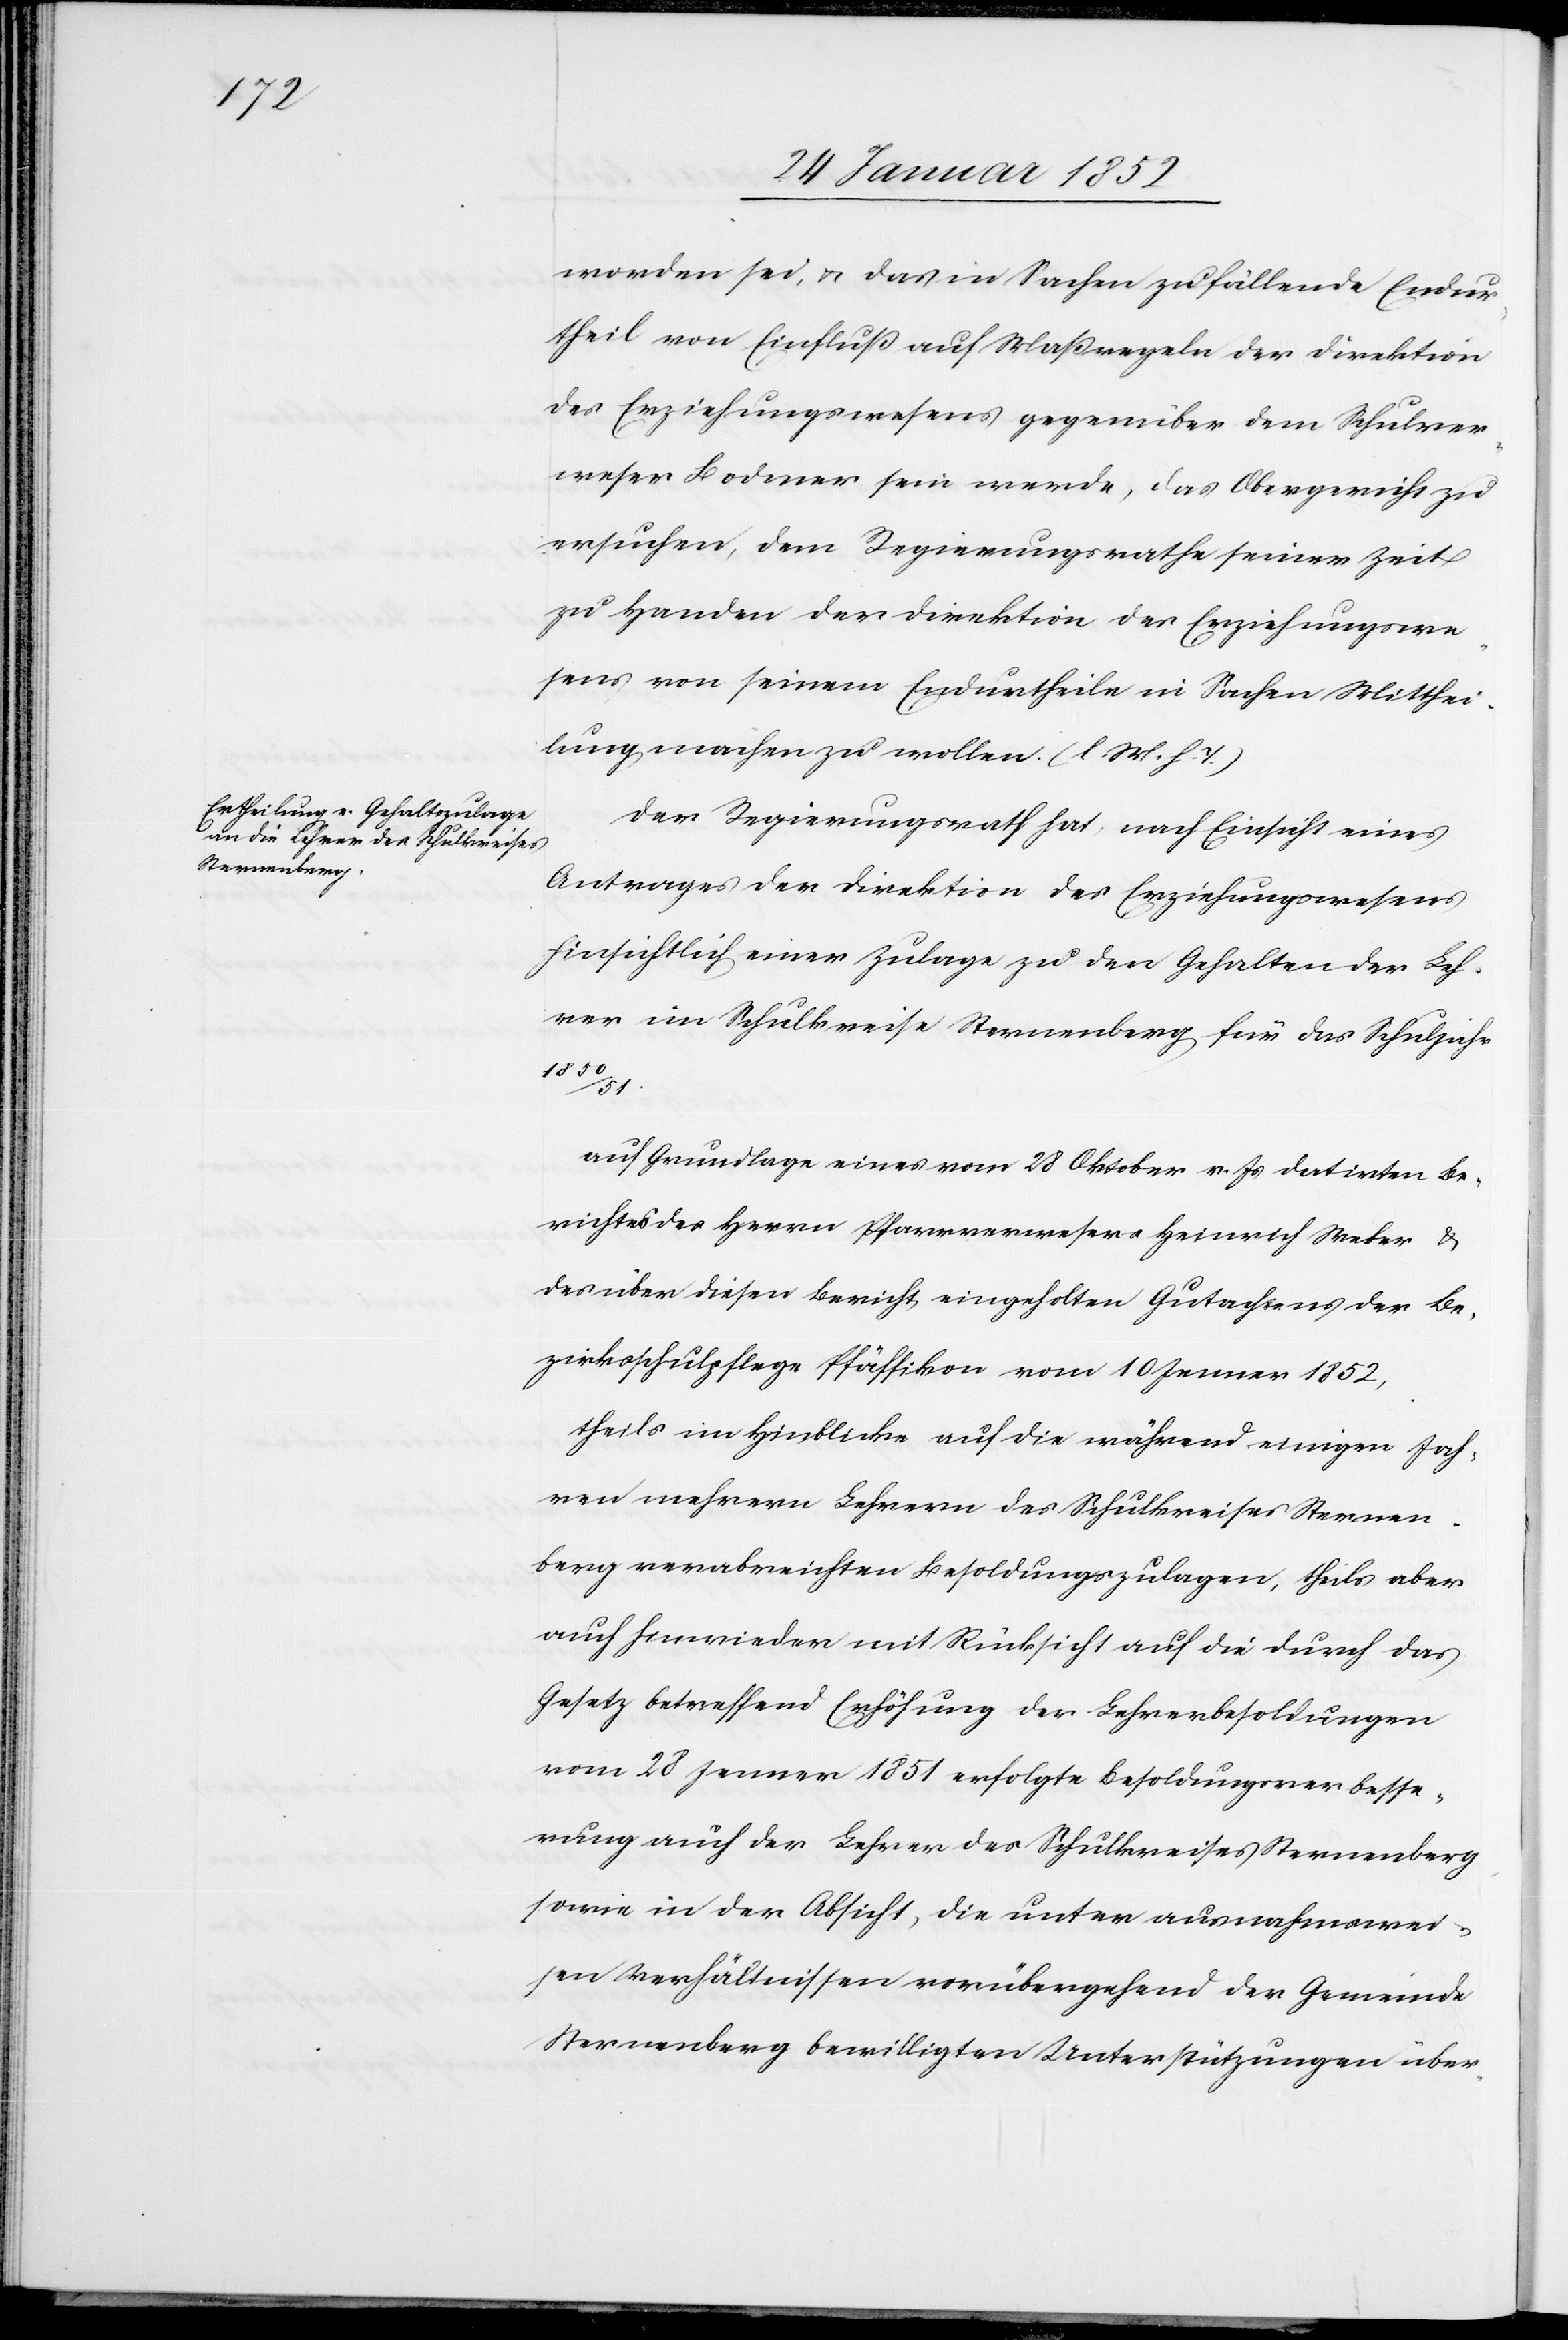
worden sei, u. das in Sachen zu fällende Endur¬
theil von Einfluß auf Maßregeln der Direktion
des Erziehungswesens gegenüber dem Schulver¬
weser Bodmer sein werde, das Obergericht zu
ersuchen, dem Regierungsrathe seiner Zeit
zu Handen der Direktion des Erziehungswe¬
sens von seinem Endurtheile in Sachen Mitthei¬
lung machen zu wollen. (l. M. h. T)
Der Regierungsrath hat, nach Einsicht eines
Antrages der Direktion des Erziehungswesens
hinsichtlich einer Zulage zu den Gehalten der Leh¬
rer im Schulkreise Sternenberg für das Schuljahr
1850/51.
Auf Grundlage eines vom 28 Oktober v. Js datirten Be¬
richtes des Herrn Pfarramtverwesers Heinrich Weber u.
des über diesen Bericht eingeholten Gutachtens der Be¬
zirksschulpflege Pfäffikon vom 10 Jenner 1852,
theils im Hinblicke auf die während einigen Jah¬
ren mehrern Lehrern des Schulkreises Sternen¬
berg verabreichten Besoldungszulagen, theils aber
auch hinwieder Rücksicht auf die durch das
Gesetz betreffend Erhöhung der Lehrerbesoldungen
vom 28 Jenner 1851 erfolgte Besoldungsverbesse¬
rung auch der Lehrer des Schulkreises Sternenberg
sowie in der Absicht, die unter ausnahmswei¬
sen Verhältnissen vorübergehend der Gemeinde
Sternenberg bewilligten Unterstützungen über-